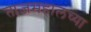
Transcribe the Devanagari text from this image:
ताजमहालच्या